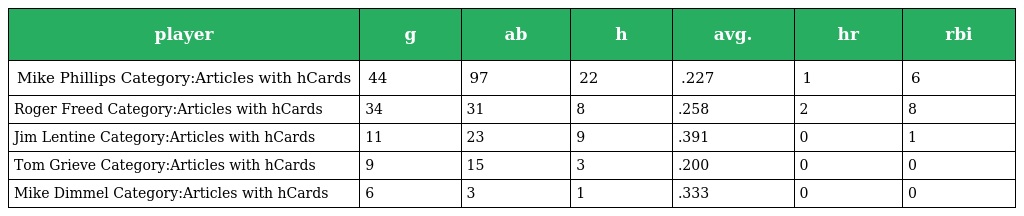
| player | g | ab | h | avg. | hr | rbi |
 | --- | --- | --- | --- | --- | --- | --- |
 | Mike Phillips Category:Articles with hCards | 44 | 97 | 22 | .227 | 1 | 6 |
 | Roger Freed Category:Articles with hCards | 34 | 31 | 8 | .258 | 2 | 8 |
 | Jim Lentine Category:Articles with hCards | 11 | 23 | 9 | .391 | 0 | 1 |
 | Tom Grieve Category:Articles with hCards | 9 | 15 | 3 | .200 | 0 | 0 |
 | Mike Dimmel Category:Articles with hCards | 6 | 3 | 1 | .333 | 0 | 0 |